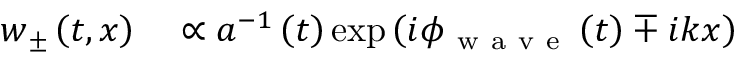
\begin{array} { r l } { \boldsymbol { w } _ { \pm } \left( t , x \right) } & { { } \propto a ^ { - 1 } \left( t \right) \exp \left( i \phi _ { \mathrm { ~ w ~ a ~ v ~ e ~ } } \left( t \right) \mp i k x \right) } \end{array}